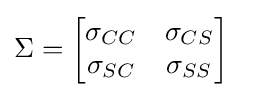
\Sigma ={\begin{bmatrix}\sigma _{CC}&\sigma _{CS}\\\sigma _{SC}&\sigma _{SS}\end{bmatrix}}\quad